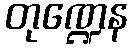
တုဏ္ဍေန